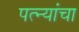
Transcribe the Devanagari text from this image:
पत्‍न्यांचा